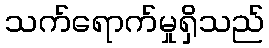
သက်ရောက်မှုရှိသည်